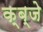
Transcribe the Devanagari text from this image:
क्ब्जे